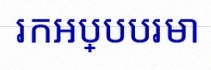
រកអប្បបរមា